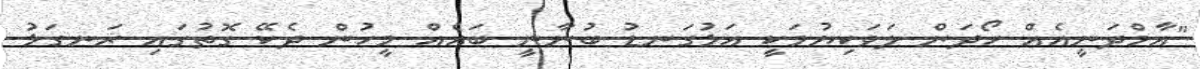
"އާމްދަނީއެއް ހޯދަން ލަވަކިޔުމަކީ އަޅުގަނޑު ބުނާނީ ބައެއް މީހުން ދެކޭ ގޮތުގައި ރަނގަޅު